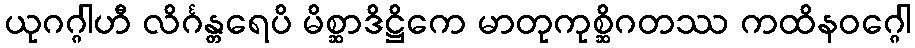
ယုဂဂ္ဂါဟီ လိင်္ဂန္တရေပိ မိစ္ဆာဒိဋ္ဌိကေ မာတုကုစ္ဆိဂတဿ ကထိနဝဂ္ဂေါ